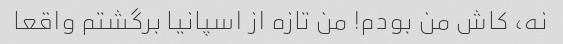
نه، کاش من بودم! من تازه از اسپانیا برگشتم واقعا